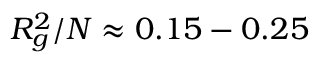
R _ { g } ^ { 2 } / N \approx 0 . 1 5 - 0 . 2 5